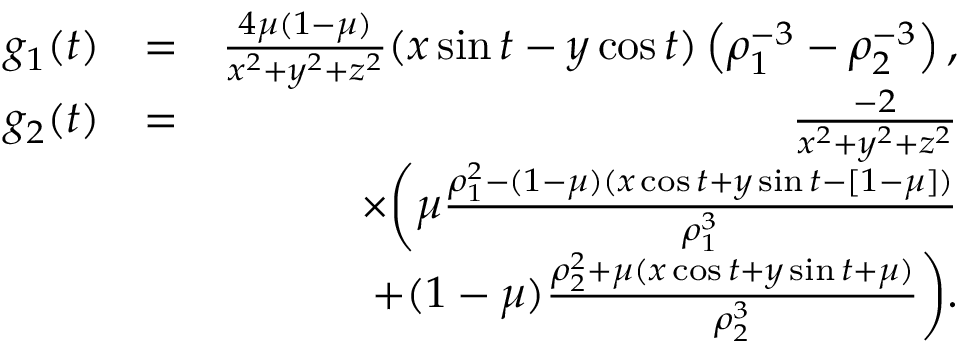
\begin{array} { r l r } { g _ { 1 } ( t ) } & { = } & { \frac { 4 \mu ( 1 - \mu ) } { x ^ { 2 } + y ^ { 2 } + z ^ { 2 } } ( x \sin { t } - y \cos { t } ) \left( \rho _ { 1 } ^ { - 3 } - \rho _ { 2 } ^ { - 3 } \right) , } \\ { g _ { 2 } ( t ) } & { = } & { \frac { - 2 } { x ^ { 2 } + y ^ { 2 } + z ^ { 2 } } } \\ & { } & { \quad \times \bigg ( \mu \frac { \rho _ { 1 } ^ { 2 } - ( 1 - \mu ) ( x \cos { t } + y \sin { t } - [ 1 - \mu ] ) } { \rho _ { 1 } ^ { 3 } } } \\ & { } & { \quad \mathrm + ( 1 - \mu ) \frac { \rho _ { 2 } ^ { 2 } + \mu ( x \cos { t } + y \sin { t } + \mu ) } { \rho _ { 2 } ^ { 3 } } \bigg ) . } \end{array}